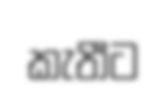
කැතීට